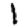
Digit: 1